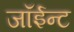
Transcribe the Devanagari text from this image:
जॉईन्ट